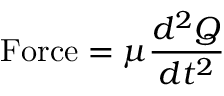
\mathrm { F o r c e } = \mu { \frac { d ^ { 2 } Q } { d t ^ { 2 } } }